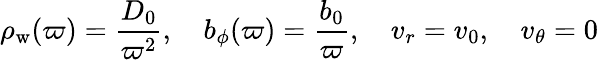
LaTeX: \rho_{\mathrm{w}}(\varpi)=\frac{D_{0}}{\varpi^{2}},\quad b_{\phi}(\varpi)=\frac{b_{0}}{\varpi},\quad v_{r}=v_{0},\quad v_{\theta}=0